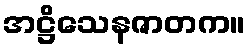
အဋ္ဌိသေနဇာတက။